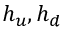
h _ { u } , h _ { d }